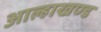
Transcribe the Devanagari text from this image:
आल्हाखण्ड